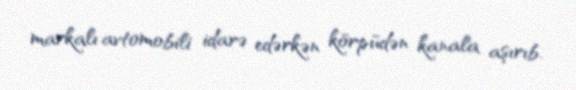
markalı avtomobili idarə edərkən körpüdən kanala aşırıb.